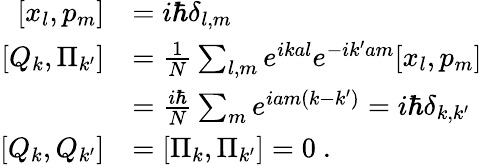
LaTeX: {\begin{array}{rl}{\left[x_{l},p_{m}\right]}&{=i\hbar\delta_{l,m}}\\ {\left[Q_{k},\Pi_{k^{\prime}}\right]}&{={\frac{1}{N}}\sum_{l,m}e^{ikal}e^{-ik^{\prime}am}[x_{l},p_{m}]}\\ &{={\frac{i\hbar}{N}}\sum_{m}e^{iam(k-k^{\prime})}=i\hbar\delta_{k,k^{\prime}}}\\ {\left[Q_{k},Q_{k^{\prime}}\right]}&{=\left[\Pi_{k},\Pi_{k^{\prime}}\right]=0~.}\end{array}}